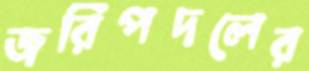
জরিপদলের